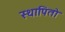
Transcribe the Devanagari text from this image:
स्थापितो